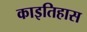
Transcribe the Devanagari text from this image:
काइतिहास